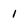
Character: 1